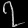
Digit: ၇